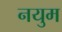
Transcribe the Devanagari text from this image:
नयुम